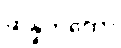
ဆိန္နကထော